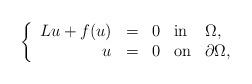
LaTeX: \begin{align*} \left\{\begin{array}{rclll} Lu+f(u)&=&0&\textrm{in}&\Omega,\\ u&=&0&\textrm{on}&\partial\Omega,\end{array}\right.\end{align*}